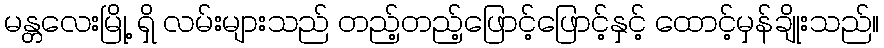
မန္တလေးမြို့ ရှိ လမ်းများသည် တည့်တည့်ဖြောင့်ဖြောင့်နှင့် ထောင့်မှန်ချိုးသည်။